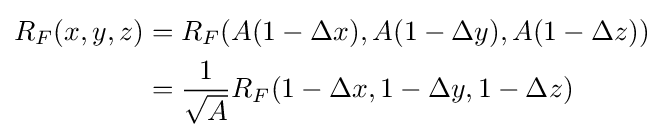
{\begin{aligned}R_{F}(x,y,z)&=R_{F}(A(1-\Delta x),A(1-\Delta y),A(1-\Delta z))\\&={\frac {1}{\sqrt {A}}}R_{F}(1-\Delta x,1-\Delta y,1-\Delta z)\end{aligned}}